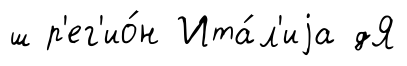
ш р'ег'ио́н Ита́л'иjа дЯ